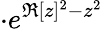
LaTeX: \cdot e^{\Re[z]^{2}-z^{2}}